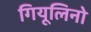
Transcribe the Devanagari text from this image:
गियूलिनो